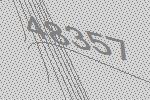
48357